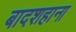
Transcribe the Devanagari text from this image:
बादशहाना